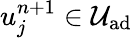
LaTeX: u_{j}^{n+1}\in\mathcal{U}_{\textrm{ad}}